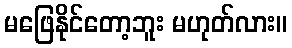
မဖြေနိုင်တော့ဘူး မဟုတ်လား။